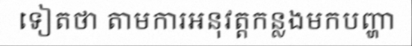
ទៀតថា តាមការអនុវត្តកន្លងមកបញ្ហា